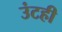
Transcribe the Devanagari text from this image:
उंटही